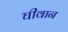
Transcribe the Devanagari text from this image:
घीवान